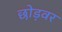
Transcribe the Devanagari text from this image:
छोड़वर